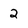
Character: 2